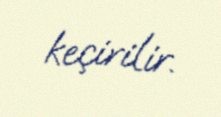
keçirilir.